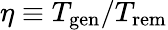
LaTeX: \eta\equiv T_{\mathrm{gen}}/T_{\mathrm{rem}}